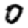
Digit: 0